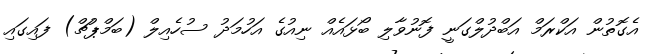
އެގޮތުން އަކްރަމް އަބްދުލްގަނީ ފޮނުވާލި ބޯޅައެއް ނިއުގެ އަހުމަދު ސުހެއިލް (ބަމްޕުޗް) ފައިގައި